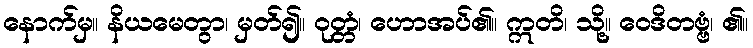
နောက်မှ။ နိယမေတွာ၊ မှတ်၍။ ဝုတ္တံ၊ ဟောအပ်၏။ ဣတိ၊ သို့။ ဝေဒိတဗ္ဗံ၊ ၏။